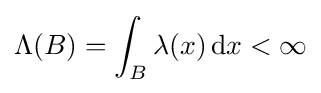
\Lambda (B)=\int _{B}\lambda (x)\,\mathrm {d} x<\infty